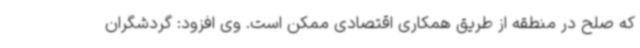
که صلح در منطقه از طریق همکاری اقتصادی ممکن است. وی افزود: گردشگران